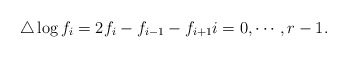
\begin{align*}\triangle\log f_i=2f_i-f_{i-1}-f_{i+1}i=0,\cdots, r-1.\end{align*}